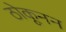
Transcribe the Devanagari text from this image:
ठोकूनन